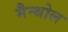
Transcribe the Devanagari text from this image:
मैन्थोल